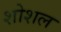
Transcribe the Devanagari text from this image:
शोशल